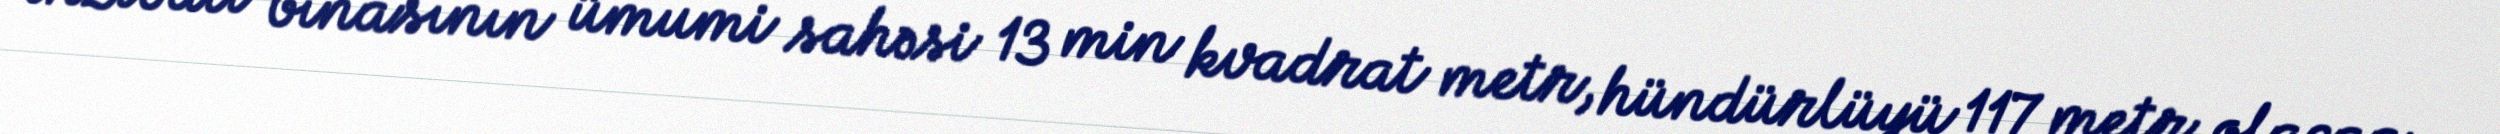
inzibati binasının ümumi sahəsi 13 min kvadrat metr, hündürlüyü 117 metr olacaq.